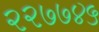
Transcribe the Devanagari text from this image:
२२७७४५